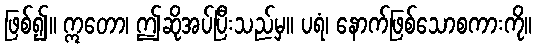
ဖြစ်၍။ ဣတော၊ ဤဆိုအပ်ပြီးသည်မှ။ ပရံ၊ နောက်ဖြစ်သောစကားကို။